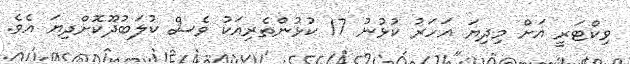
ވިކްޓަރީ އަށް މިދިޔަ އަހަރު ކުޅުނު 17 ކުޅުންތެރިއަކު ވެސް ކުލަބުދޫކޮށްދިޔަ އެވެ.